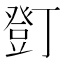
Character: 𧯫